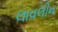
લાવલીન